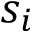
s _ { i }